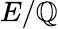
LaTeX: E/\mathbb{Q}